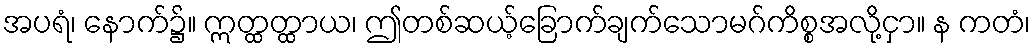
အပရံ၊ နောက်၌။ ဣတ္ထတ္ထာယ၊ ဤတစ်ဆယ့်ခြောက်ချက်သောမဂ်ကိစ္စအလို့ငှာ။ န ကတံ၊